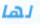
لها